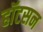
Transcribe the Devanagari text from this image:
हॉटसन